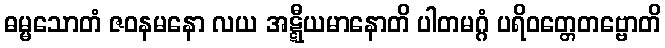
ဓမ္မသောတံ ဇဝနမနော လယ အဋ္ဋီယမာနောတိ ပါတမဂ္ဂံ ပရိဝတ္တေတဗ္ဗောတိ